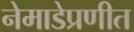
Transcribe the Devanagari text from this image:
नेमाडेप्रणीत